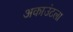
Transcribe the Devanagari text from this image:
अकाउंटला